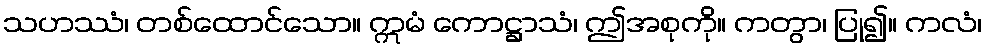
သဟဿံ၊ တစ်ထောင်သော။ ဣမံ ကောဋ္ဌာသံ၊ ဤအစုကို။ ကတွာ၊ ပြု၍။ ကလံ၊